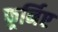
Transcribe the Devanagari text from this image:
फूर्निए